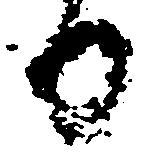
日